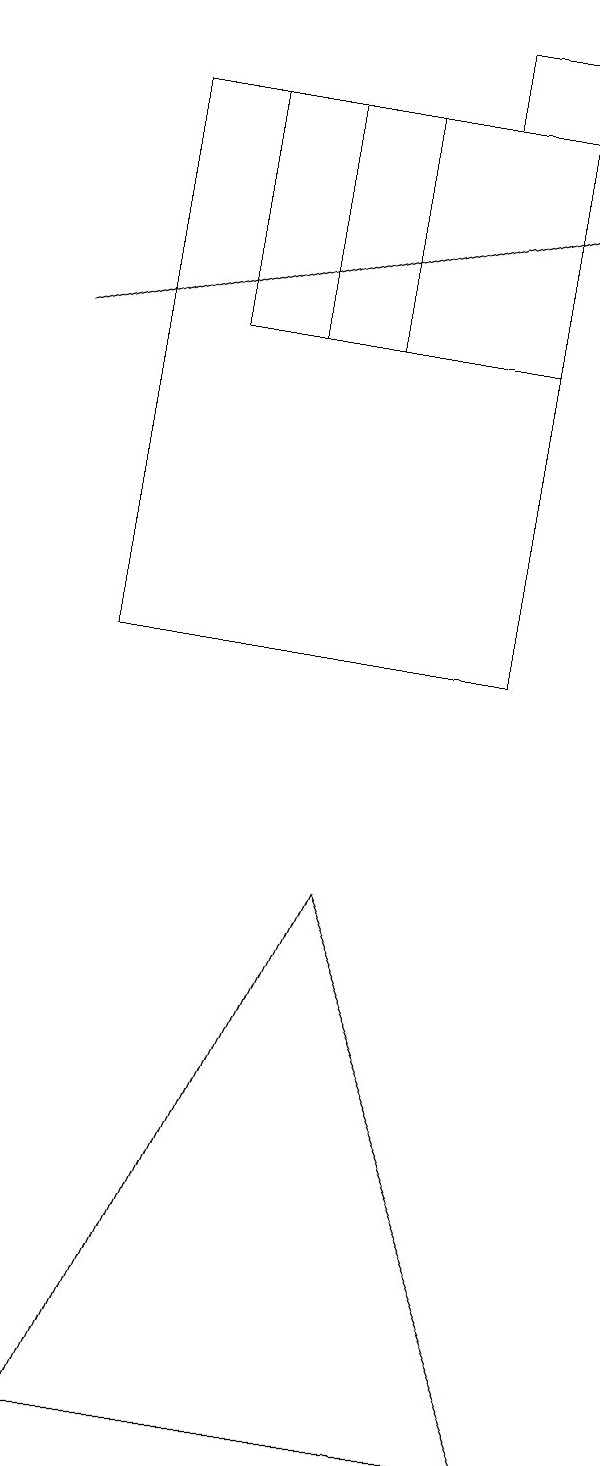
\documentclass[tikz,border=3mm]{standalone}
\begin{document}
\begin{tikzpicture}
\draw[->] (2,14) -- (9,16);
\draw (8,17) rectangle (7,18);
\draw (9,0) -- (6,7) -- (3,0) -- cycle;
\draw (8,17) rectangle (3,10);
\draw (4,14) rectangle (8,17);
\draw (5,14) rectangle (6,17);
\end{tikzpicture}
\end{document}